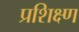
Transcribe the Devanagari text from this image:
प्रशिक्ष्ण